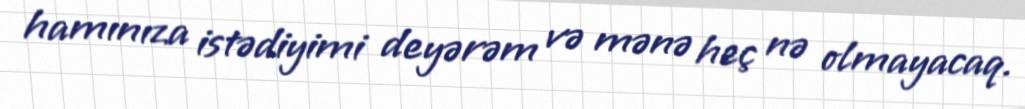
hamınıza istədiyimi deyərəm və mənə heç nə olmayacaq.